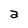
Character: a